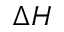
\Delta H